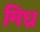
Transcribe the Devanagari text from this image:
मिध्र